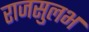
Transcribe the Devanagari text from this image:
राजसुलभ